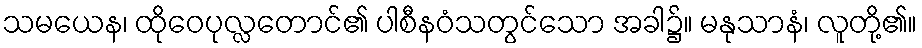
သမယေန၊ ထိုဝေပုလ္လတောင်၏ ပါစီနဝံသတွင်သော အခါ၌။ မနုသာနံ၊ လူတို့၏။